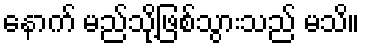
နောက် မည်သို့ဖြစ်သွားသည် မသိ။